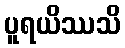
ပူရယိဿသိ